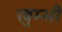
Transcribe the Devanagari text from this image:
खुम्भी